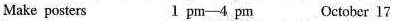
Make posters 1 pm-4 pm October 17